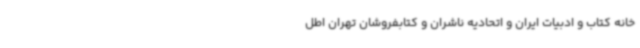
خانه‌ کتاب و ادبیات ایران و اتحادیه ناشران و کتابفروشان تهران اطل